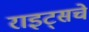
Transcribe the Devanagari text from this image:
राइट्सचे